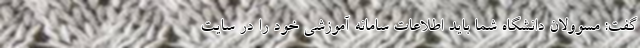
گفت: مسوولان دانشگاه شما باید اطلاعات سامانه آموزشی خود را در سایت